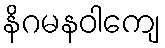
နိဂမနဝါကျေ